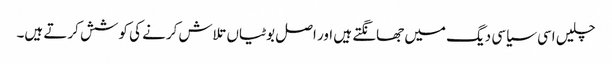
چلیں اسی سیاسی دیگ میں جھانگتے ہیں اور اصل بوٹیاں تلاش کرنے کی کوشش کرتے ہیں۔